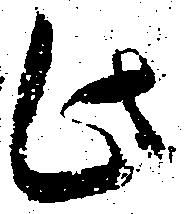
此